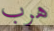
هرب